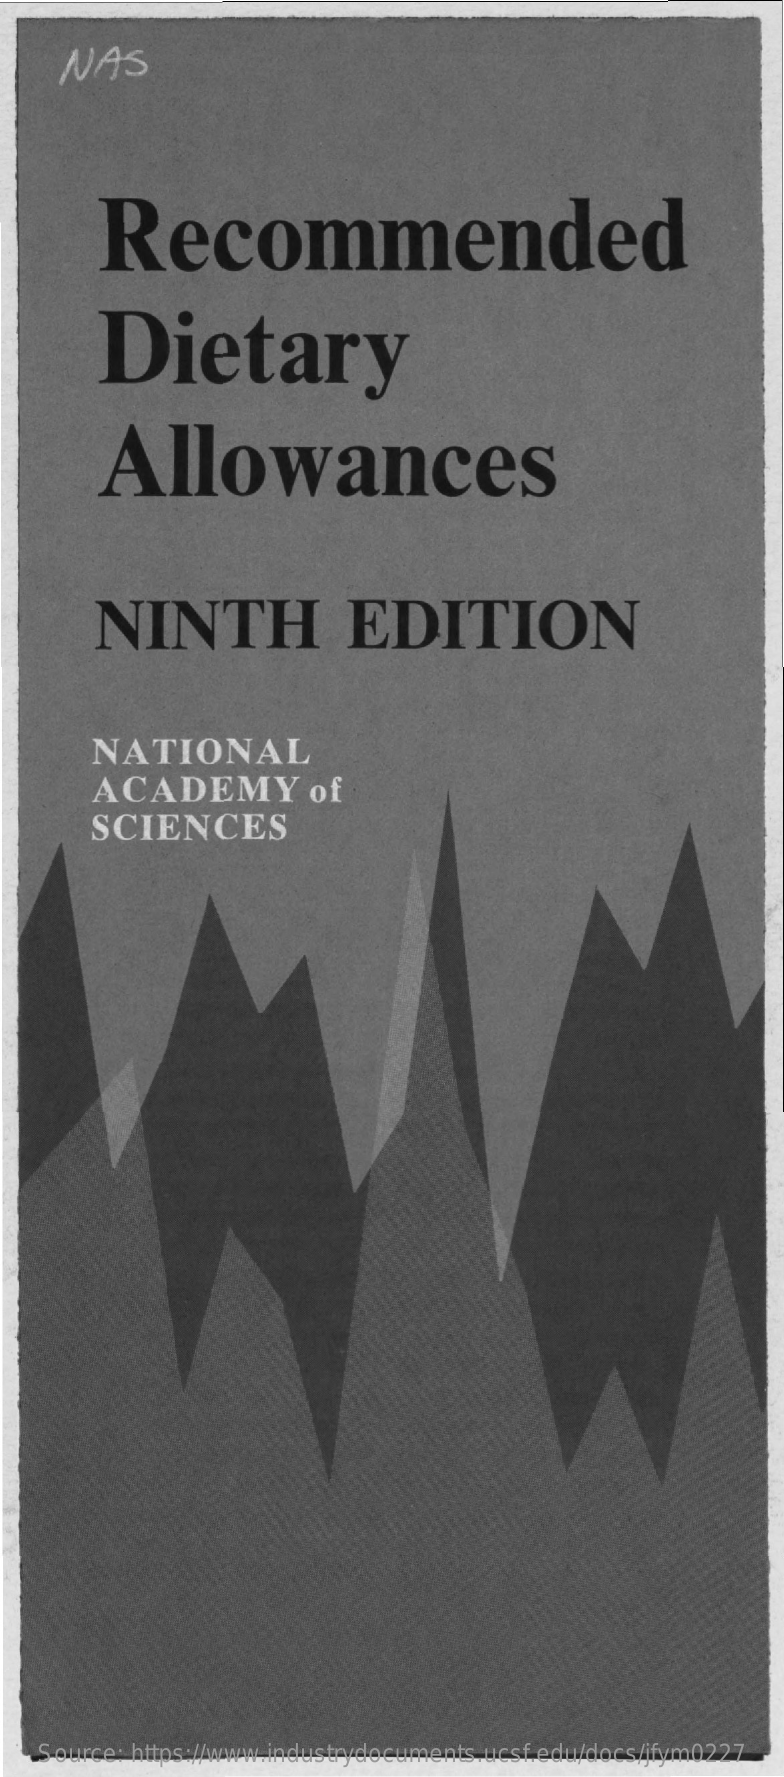
NAS
     Recommended
     Dietary
     Allowances
     NINTH    EDITION
     NATIONAL
     ACADEMY    of
     SCIENCES
    Source: https://www.industrydocuments.ucsf.edu/docs/jfym0227